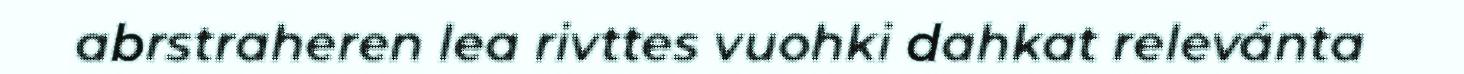
abrstraheren lea rivttes vuohki dahkat relevánta